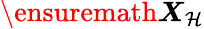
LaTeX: \ensuremath{\boldsymbol{X}}_{\mathcal{H}}